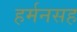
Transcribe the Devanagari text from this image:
हर्मनसह